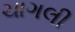
ચાગલી